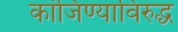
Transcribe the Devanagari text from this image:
कांजिण्याविरुद्ध